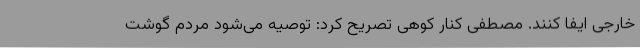
خارجی ایفا کنند. مصطفی کنار کوهی تصریح کرد: توصیه می‌شود مردم گوشت